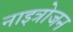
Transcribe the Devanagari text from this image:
नाइत्रोजन